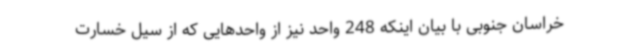
خراسان جنوبی با بیان اینکه 248 واحد نیز از واحدهایی که از سیل خسارت